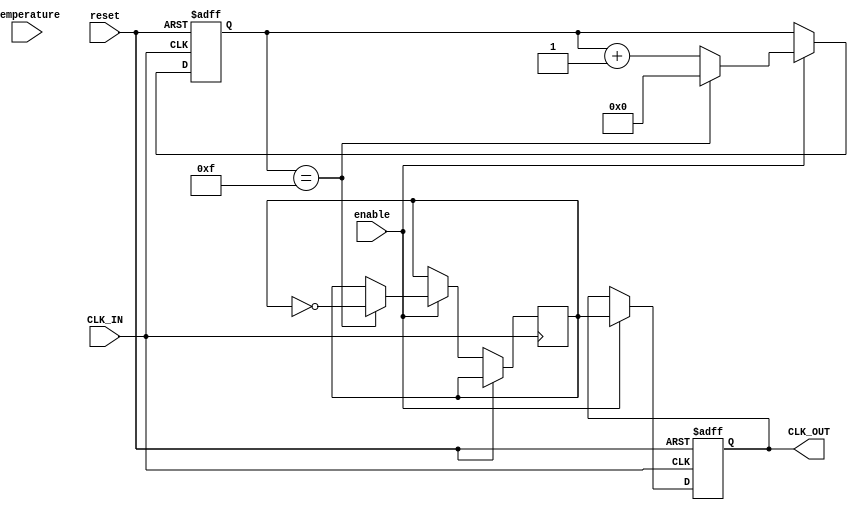
module Temp_Comp_Clock_Buffer (
    input wire CLK_IN,                // Input clock signal
    output reg CLK_OUT,               // Buffered clock output
    input wire [7:0] temperature,     // Temperature input (in degrees Celsius)
    input wire enable,                // Enable signal for the buffer
    input wire reset                  // Reset signal
);

// Parameter Definitions
parameter HIGH_TEMP_THRESHOLD = 8'd85;  // Example threshold for high temperature
parameter LOW_TEMP_THRESHOLD  = 8'd15;  // Example threshold for low temperature
parameter CLK_DRIVE_HIGH       = 2'b10;  // Drive strength setting for high temp
parameter CLK_DRIVE_LOW        = 2'b01;  // Drive strength setting for low temp

// Internal signals
reg [1:0] drive_strength;           // Drive strength control
reg [3:0] clk_div;                  // Clock divider for dynamic adjustment
reg clk_buffer;                     // Buffered clock signal

// Clock Buffering Logic
always @(posedge CLK_IN or posedge reset) begin
    if (reset) begin
        CLK_OUT <= 0;                // Reset output clock
        clk_div <= 4'b0000;          // Reset divider
    end else if (enable) begin
        // Dynamic adjustment of drive strength based on temperature
        if (temperature > HIGH_TEMP_THRESHOLD) begin
            drive_strength <= CLK_DRIVE_LOW;  // Reduce drive strength for high temp
        end else if (temperature < LOW_TEMP_THRESHOLD) begin
            drive_strength <= CLK_DRIVE_HIGH; // Increase drive strength for low temp
        end else begin
            drive_strength <= CLK_DRIVE_HIGH; // Default drive strength
        end
        
        // Simple clock buffering mechanism (may need to be replaced with proper buffer logic)
        if (drive_strength == CLK_DRIVE_HIGH) begin
            clk_div <= clk_div + 1;    // Increment divider
            if (clk_div == 4'b1111) begin
                clk_buffer <= ~clk_buffer; // Toggle buffered clock
                clk_div <= 4'b0000;    // Reset divider
            end
        end else begin
            // For low drive strength, slower toggling
            clk_div <= clk_div + 1;
            if (clk_div == 4'b1111) begin
                clk_buffer <= ~clk_buffer;
                clk_div <= 4'b0000;
            end
        end
        
        CLK_OUT <= clk_buffer;          // Assign buffered clock to output
    end
end

endmodule